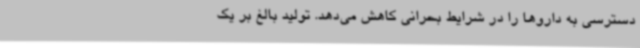
دسترسی به داروها را در شرایط بحرانی کاهش می‌دهد. تولید بالغ بر یک